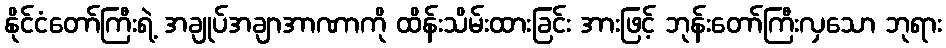
နိုင်ငံတော်ကြီးရဲ့ အချုပ်အချာအာဏာကို ထိန်းသိမ်းထားခြင်း အားဖြင့် ဘုန်းတော်ကြီးလှသော ဘုရား